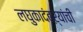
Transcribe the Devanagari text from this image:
लघुकादंबऱ्यांची